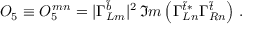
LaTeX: { \cal O } _ { 5 } \equiv { \cal O } _ { 5 } ^ { \, m n } = \vert \Gamma _ { L m } ^ { \tilde { b } } \vert ^ { 2 } \, \Im m \left( \Gamma _ { L n } ^ { \tilde { t } * } \Gamma _ { R n } ^ { \tilde { t } } \right) \, .